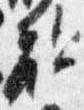
敵